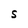
Character: S